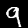
Label: 9